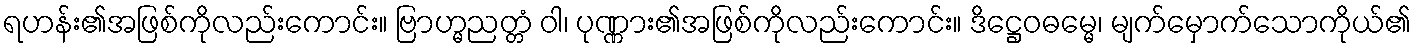
ရဟန်း၏အဖြစ်ကိုလည်းကောင်း။ ဗြာဟ္မညတ္တံ ဝါ၊ ပုဏ္ဏား၏အဖြစ်ကိုလည်းကောင်း။ ဒိဋ္ဌေဝဓမ္မေ၊ မျက်မှောက်သောကိုယ်၏